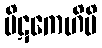
ပိဋကေဟိပိ